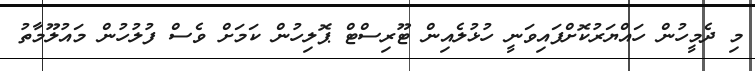
މި ދެމީހުން ހައްޔަރުކޮށްފައިވަނީ ހުޅުލެއިން ޓޫރިސްޓް ޕޮލިހުން ކަމަށް ވެސް ފުލުހުން މައުލޫމާތު